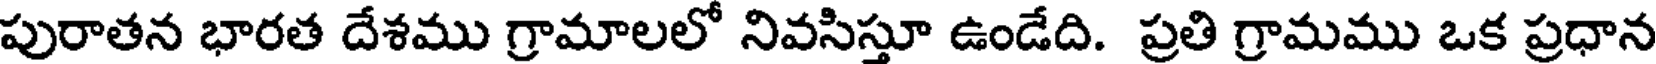
పురాతన భారత దేశము గ్రామాలలో నివసిస్తూ ఉండేది. ప్రతి గ్రామము ఒక ప్రధాన